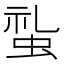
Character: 𧊢